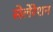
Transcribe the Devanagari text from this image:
सेलेरेशन